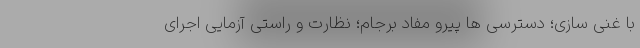
با غنی سازی؛ دسترسی ها پیرو مفاد برجام؛ نظارت و راستی آزمایی اجرای